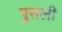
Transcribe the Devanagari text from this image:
पुसली